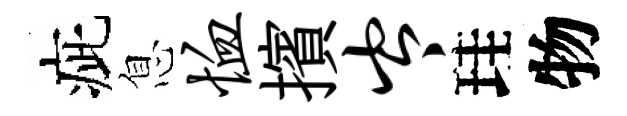
疵息恤擯岑珪物